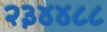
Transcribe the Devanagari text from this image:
२३४४८८